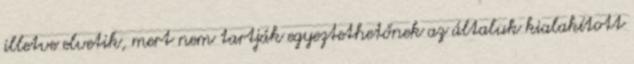
illetve elvetik, mert nem tartják egyeztethetőnek az általuk kialakított